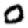
Digit: 0